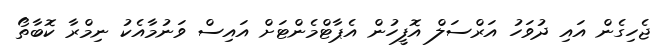
ޖެހިގެން އައި ދުވަހު އަރްސަލް އޮފީހުން އެޕާޓްމެންޓަށް އައިސް ވަނުމާއެކު ނިމްރާ ކޮބާތޯ